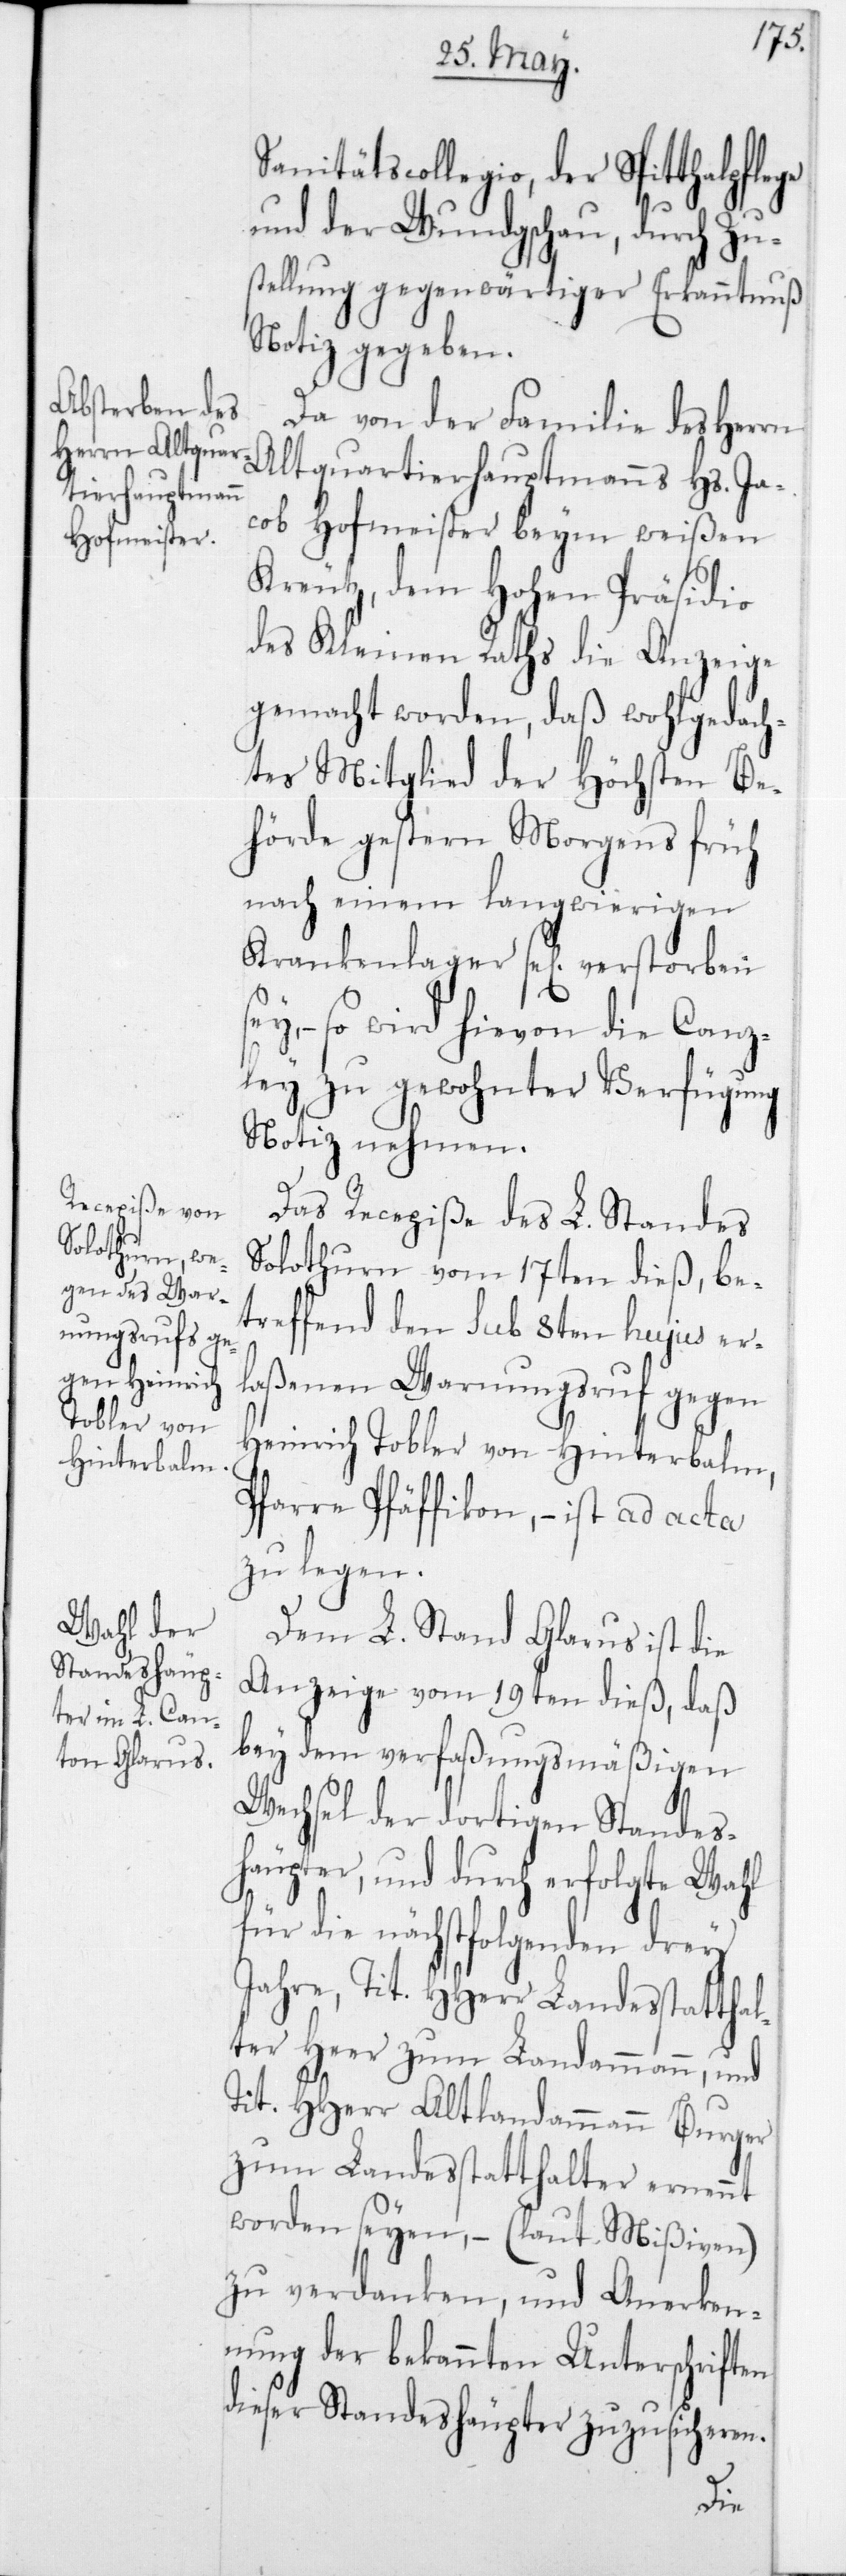
Sanitätscollegio, der Spitthalpflege
und der Wundgschau, durch Zu¬
stellung gegenwärtiger Erkanntnuß
Notiz gegeben.
Da von der Familie des Herrn
Altquartierhauptmanns Hs. Ja¬
cob Hofmeister beim weißen
Kreutz, dem Hohen Präsidio
des Kleinen Raths die Anzeige
gemacht worden, daß wohlgedach¬
tes Mitglied der Höchsten Be¬
hörde gestern Morgens früh
nach einem langwierigen
Krankenlager sel. verstorben
– so wird hievon die Canz¬
ley zu gewohnter Verfügung
Notiz nehmen.
Das Recepiße des L. Standes
Solothurn vom 17ten dieß, be¬
treffend den sub 8ten hujus er¬
laßenen Warnungsruf gegen
Heinrich Tobler von Hinterbalm,
Pfarre Pfäffikon, – ist ad acta
zu legen.
Dem L. Stand Glarus ist die
Anzeige vom 19ten dieß, daß
bey dem verfaßungsmäßigen
Wechsel der dortigen Standes¬
häupter, und durch erfolgte Wahl
für die nächstfolgenden drey
Jahre, Tit. HHerr Landesstatthal¬
ter Heer zum Landammann, und
Tit. HHerr Altlandammann Burger
zum Landesstatthalter ernennt
worden seyen, – (laut Mißiven)
zu verdanken, und Anerken¬
nung der bekannten Unterschriften
dieser Standeshäupter zuzusicheren.